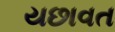
યછાવત